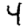
Digit: 4